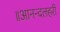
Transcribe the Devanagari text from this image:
॥आनन्दलहरी